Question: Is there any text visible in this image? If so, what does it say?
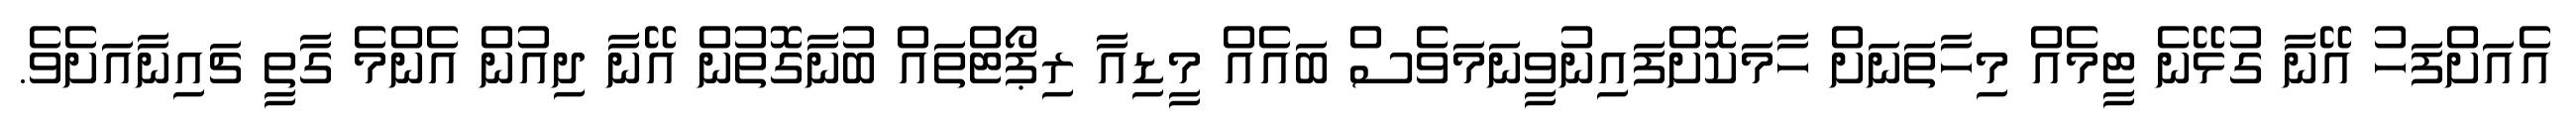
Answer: އެއަށްފަހު އޭނާ ގުޅޭނެ ޓީމެއް މިހާތަނަށް ހާމަކޮށްފައިނުވީނަމަވެސް ބައެއް މީޑިއާ ރިޕޯޓްތައް ބުނާގޮތުން އޭނާ ދިއުން އެންމެ ގާތީ ޗައިނާއަށެވެ.